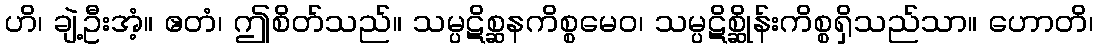
ဟိ၊ ချဲ့ဦးအံ့။ ဧတံ၊ ဤစိတ်သည်။ သမ္ပဋိစ္ဆနကိစ္စမေဝ၊ သမ္ပဋိစ္ဆိုန်းကိစ္စရှိသည်သာ။ ဟောတိ၊